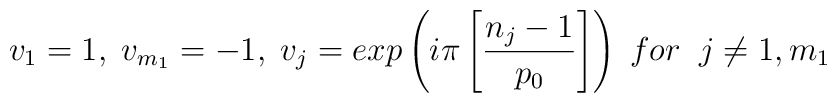
v_1= 1, \; v_{m_1}=-1, \; v_j= exp \left(i \pi \left[ \frac{n_j-1}{p_0} \right] \right) \; for \;\;j \neq1,m_1